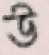
উ